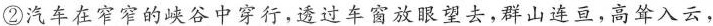
②汽车在窄窄的峡谷中穿行,透过车窗放眼望去，群山连亘，高耸入云，